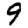
Digit: 9